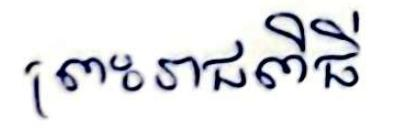
ព្រះរាជពិធី